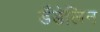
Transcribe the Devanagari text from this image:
डँडेलिन